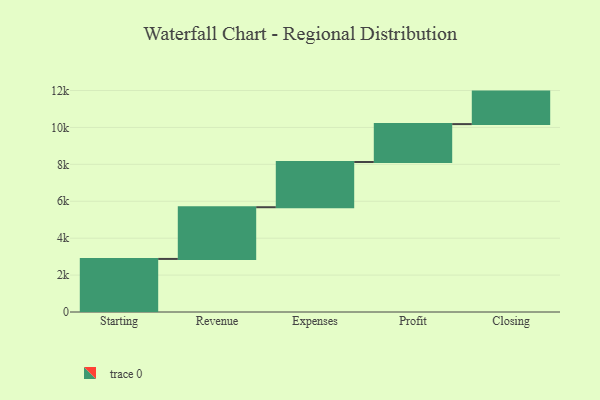
{"axis": {"x": "Step", "y": "Value"}, "legend": [""], "data": [{"x": "Starting", "y": 2875.0, "type": ""}, {"x": "Revenue", "y": 2802.0, "type": ""}, {"x": "Expenses", "y": 2451.0, "type": ""}, {"x": "Profit", "y": 2052.0, "type": ""}, {"x": "Closing", "y": 1761.0, "type": ""}]}